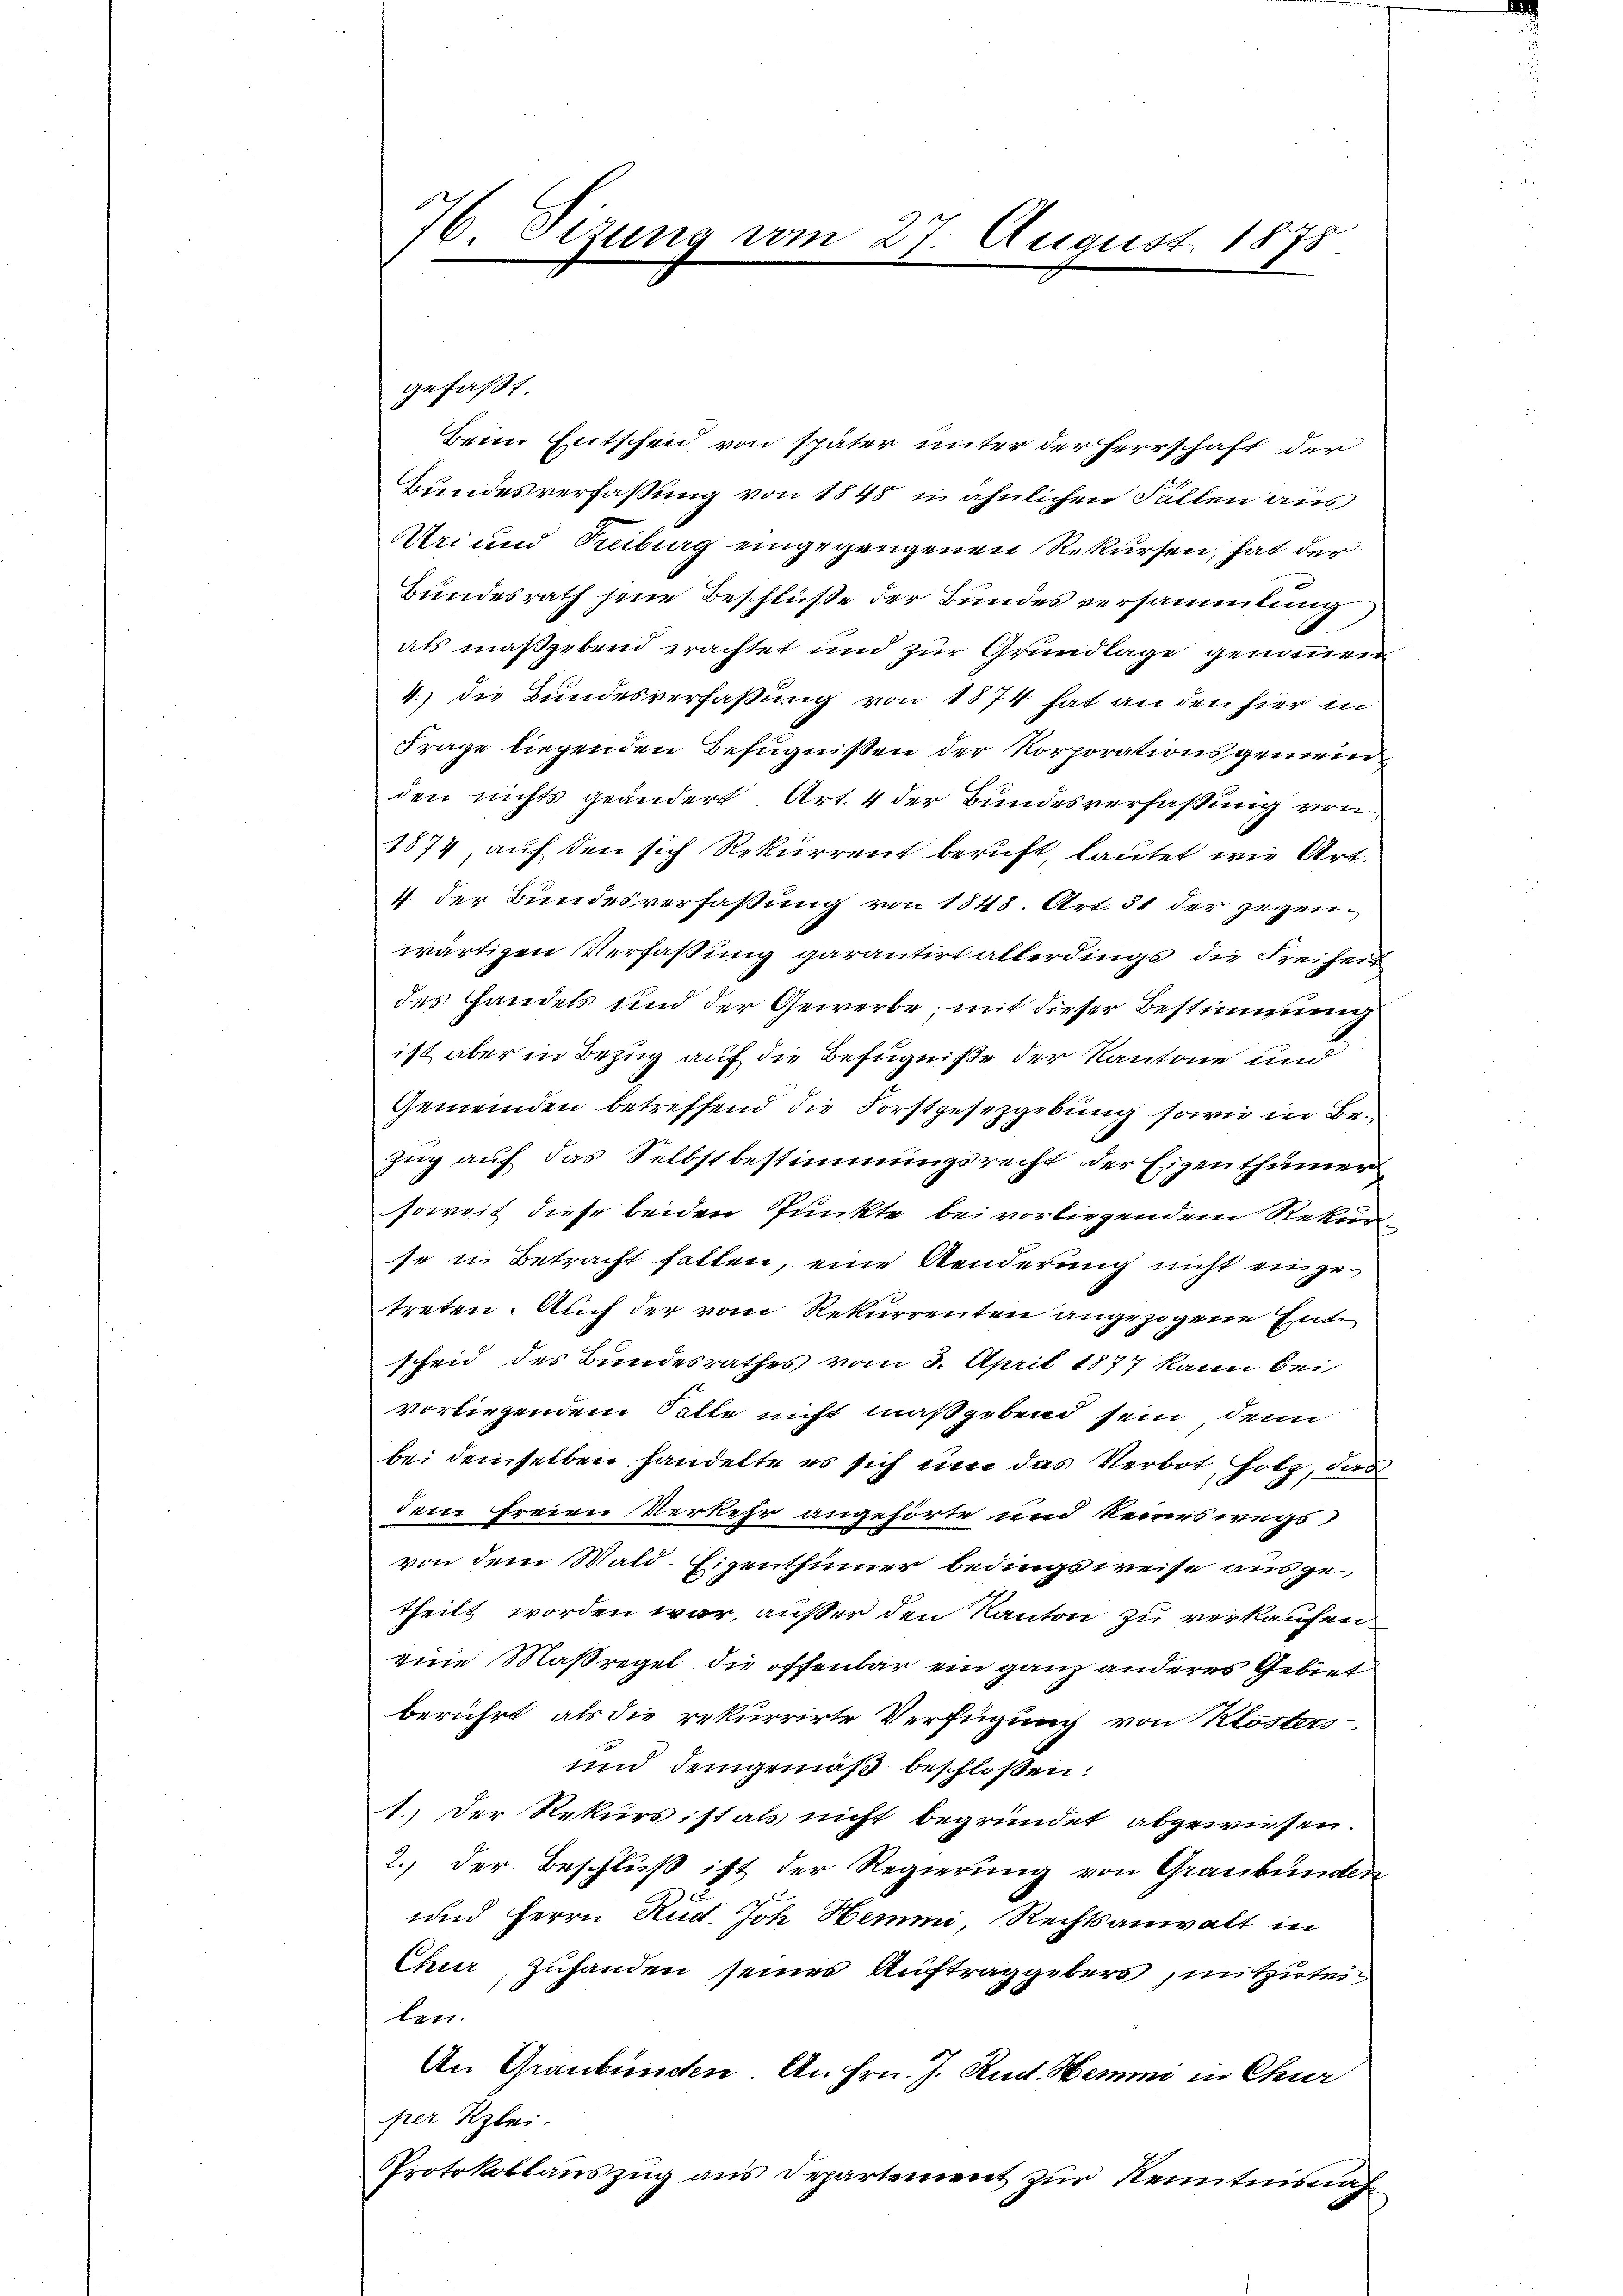
76. Sizung vom 27. August 1875.

gefaßt
Beim Entscheid von später unter der Herrschaft der
Bundesverfaßung von 1848 in ähnlichen Fallen aus
Uri und Treiburg eingegangenen Rekursen, hat der
Bundesrath jene Beschlüße der Bundes versammlung
als maßgebend erachtet und zur Grundlage genommen
4. die Bundesverfassung von 1874 hat an den hier in
Frage liegenden Befugnißen der Korporationsgemeinden nichts geändert. Art. 4 der Bundesverfassung von
1874, auf den sich Rekurrent beruft, lautet wie Art.
4 der Bundesverfaßung von 1848. Art. 31 der gegen
wärtigen Verfaßung garantirt allerdings die Freiheit
des Handels und der Gewerbe, mit dieser Bestimmung
ist aber in Bezug auf die Befugniße der Kantone und
Gemeinden betreffend die Forstgesetzgebung sowie in Bezug auf das Selbstbestimmungsrecht der Eigenthümer
soweit diese beiden Punkte bei vorliegendem Rekur
se in Betracht follen, eine Aenderung nicht eingetreten. Auch der vom Rekurrenten angezogene Entscheid des Bundesrathes vom 3. April 1877 kann bei
vorliegendem Solle nicht maßgebend sein, denn
bei demselben handelte es sich um das Verbot, Holz, das
dem freien Verkehr angehörte und keineswegs
von dem Wald-Eigenthümer bedings weise aus getheilt worden war, außer den Kanton zu verkaufen
eine Maßregel die offenbar ein ganz anderes Gebiet
berührt, als die rekurrirte Verfügung von Klosters
unnd demgemäß beschloßen:
1.) Der Rekursistals nicht begründet abgewiesen.
2.) Der Beschluß ist der Regierung von Graubünden
und Herrn Rud. Joh. Hemmi, Rechtsanwalt in
Chur zuhanden seines Auftraggebers mitzutei
len.
An Graubünden. An Hrn. J. Rud. Hemme in Chur
per Klei-
Protokollauszug aus Departement zur Kenntnisnah¬